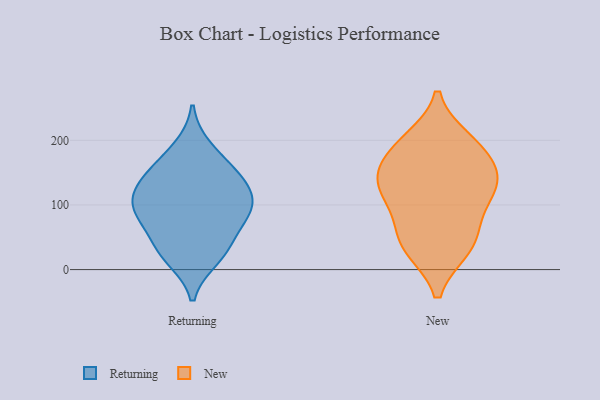
{"axis": {"x": "LTV (USD)", "y": "Value"}, "legend": ["New", "Returning"], "data": [{"x": "", "y": 155, "type": "Returning"}, {"x": "", "y": 34, "type": "Returning"}, {"x": "", "y": 18, "type": "Returning"}, {"x": "", "y": 79, "type": "Returning"}, {"x": "", "y": 90, "type": "Returning"}, {"x": "", "y": 29, "type": "Returning"}, {"x": "", "y": 138, "type": "Returning"}, {"x": "", "y": 111, "type": "Returning"}, {"x": "", "y": 149, "type": "Returning"}, {"x": "", "y": 75, "type": "Returning"}, {"x": "", "y": 188, "type": "Returning"}, {"x": "", "y": 102, "type": "Returning"}, {"x": "", "y": 114, "type": "Returning"}, {"x": "", "y": 146, "type": "New"}, {"x": "", "y": 33, "type": "New"}, {"x": "", "y": 146, "type": "New"}, {"x": "", "y": 199, "type": "New"}, {"x": "", "y": 191, "type": "New"}, {"x": "", "y": 125, "type": "New"}, {"x": "", "y": 79, "type": "New"}, {"x": "", "y": 183, "type": "New"}, {"x": "", "y": 115, "type": "New"}, {"x": "", "y": 130, "type": "New"}, {"x": "", "y": 49, "type": "New"}, {"x": "", "y": 33, "type": "New"}]}